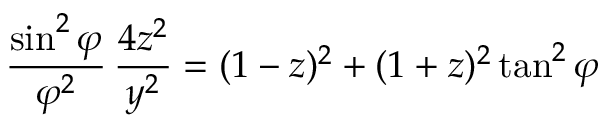
{ \frac { \sin ^ { 2 } \varphi } { \varphi ^ { 2 } } } \, { \frac { 4 z ^ { 2 } } { y ^ { 2 } } } = ( 1 - z ) ^ { 2 } + ( 1 + z ) ^ { 2 } \tan ^ { 2 } \varphi